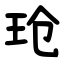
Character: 玱